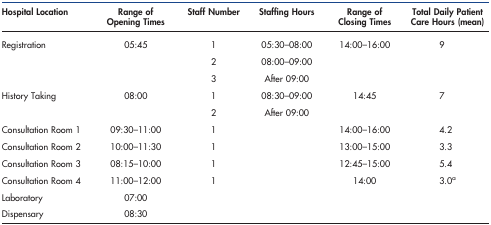
<table><thead><tr><td><b>Hospital Location</b></td><td><b>Range of Opening Times</b></td><td><b>Staff Number</b></td><td><b>Staffing Hours</b></td><td><b>Range of Closing Times</b></td><td><b>Total Daily Patient Care Hours (mean)</b></td></tr></thead><tbody><tr><td>Registration</td><td>05:45</td><td>1</td><td>05:30–08:00</td><td>14:00–16:00</td><td>9</td></tr><tr><td></td><td></td><td>2</td><td>08:00–09:00</td><td></td><td></td></tr><tr><td></td><td></td><td>3</td><td>After 09:00</td><td></td><td></td></tr><tr><td>History Taking</td><td>08:00</td><td>1</td><td>08:30–09:00</td><td>14:45</td><td>7</td></tr><tr><td></td><td></td><td>2</td><td>After 09:00</td><td></td><td></td></tr><tr><td>Consultation Room 1</td><td>09:30–11:00</td><td>1</td><td></td><td>14:00–16:00</td><td>4.2</td></tr><tr><td>Consultation Room 2</td><td>10:00–11:30</td><td>1</td><td></td><td>13:00–15:00</td><td>3.3</td></tr><tr><td>Consultation Room 3</td><td>08:15–10:00</td><td>1</td><td></td><td>12:45–15:00</td><td>5.4</td></tr><tr><td>Consultation Room 4</td><td>11:00–12:00</td><td>1</td><td></td><td>14:00</td><td>3.0a</td></tr><tr><td>Laboratory</td><td>07:00</td><td></td><td></td><td></td><td></td></tr><tr><td>Dispensary</td><td>08:30</td><td></td><td></td><td></td><td></td></tr></tbody></table>